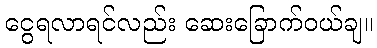
ငွေရလာရင်လည်း ဆေးခြောက်ဝယ်ချ။